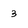
Character: 3